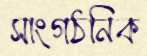
সাংগঠনিক